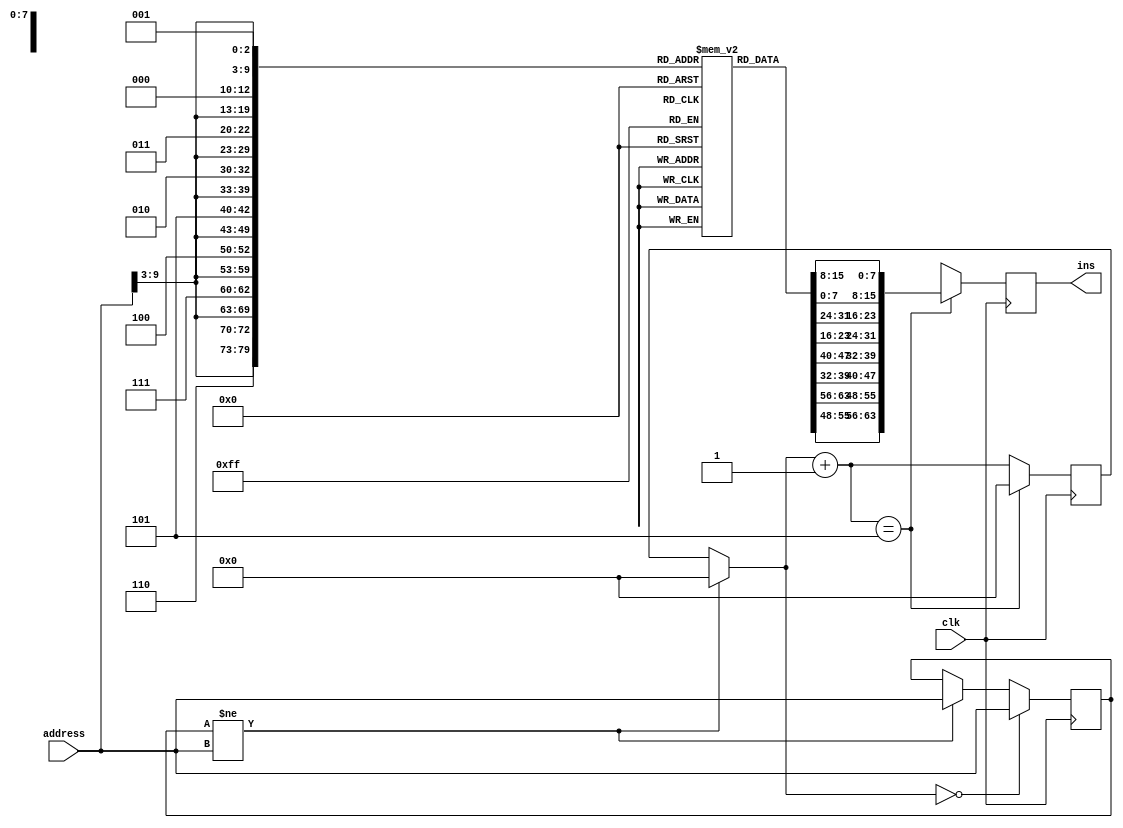
`timescale 1ns / 1ps
//////////////////////////////////////////////////////////////////////////////////
// Company: 
// Engineer: 
// 
// Design Name: 
// Module Name:    Instruction_memory 
// Project Name: 
// Target Devices: 
// Tool versions: 
// Description: 
//
// Dependencies: 
//
// Revision: 
// Revision 0.01 - File Created
// Additional Comments: 
//
//////////////////////////////////////////////////////////////////////////////////
module Instruction_memory( input  [15:0] address, input clk, output reg [63:0] ins
    );

reg [5:0] counter;
reg [15:0] temp_address;
reg [7:0] mem [1023:0];
integer i;

initial 
begin
counter = 0;
mem[0] = 8'b10001000;				// addi, r3 = r0 + 8
mem[1] = 8'b11100001;
for (i = 2 ; i < 8 ; i = i + 1)
	mem[i] = 0;
mem[8] = 8'b01110000;				// add, r7 = r3 + r0
mem[9] = 8'b00001100;
for (i = 10 ; i < 16 ; i = i + 1)
	mem[i] = 0;
mem[16] = 8'b10001010;				// beq r3,r7,10
mem[17] = 8'b11001111; 
for (i = 18 ; i < 38 ; i = i + 1)
	mem[i] = 0;
mem[38] = 8'b10000111;				// mem[$7 + 7 ] = $7
mem[39] = 8'b10111111;
mem[40] = 8'b00000111;				// $6 = mem[$7 + 7]
mem[41] = 8'b10011111;

mem[42] = 8'b01111000;
mem[43] = 8'b00011001;				// $7 = $6 * $2
 
mem[44] = 8'b00011001;
mem[45] = 8'b00011001;				// $1 = $6 * $2 
for (i = 46 ; i < 54 ; i = i + 1)
	mem[i] = 0;
end



always@(posedge clk)
begin
	ins = {64{1'bx}};					// output X if data is not ready
	if ( temp_address != address)
		begin
		counter = 0;
		temp_address = address;
		end
	if (counter == 0)
		temp_address = address;
	counter = counter + 1;
	if (counter == 5)					// memory has a 5 cycle access time. i used counter to simulate that.
		begin
		ins ={mem[{address[15:3],3'b111}],mem[{address[15:3],3'b110}],
				mem[{address[15:3],3'b101}],mem[{address[15:3],3'b100}],
				mem[{address[15:3],3'b011}],mem[{address[15:3],3'b010}],
				mem[{address[15:3],3'b001}],mem[{address[15:3],3'b000}]};
		counter = 0;
		end
end

endmodule